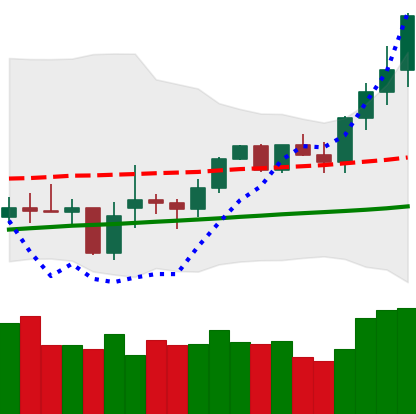
Ticker: XMR-USD
Chart end date: 2021-02-11
Forward return: 16.233%
Label: up_7plus